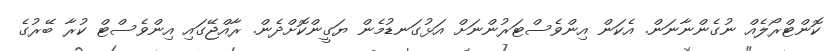
ކޮންޓްރޯލެއް ނުގެންނާނަން. އެކަން އިންވެސްޓަރުންނަށް އަޅުގަނޑުމެން ޔަގީންކޮށްދެން. ރާއްޖޭގައި އިންވެސްޓް ކުރާ ބޭރުގެ